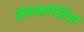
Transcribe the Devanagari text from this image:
सेवामलेशिया